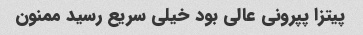
پیتزا پپرونی عالی بود خیلی سریع رسید ممنون